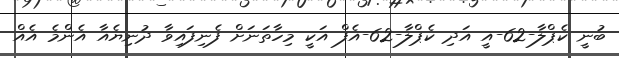
ބުނީ ކެޕްލާ-62-އީ އަދި ކެޕްލާ-62-އެފް އަކީ މިހާތަނަށް ފެނިފައިވާ ދުނިޔެއާ އެންމެ އެއް